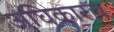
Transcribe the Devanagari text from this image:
अधिकारच